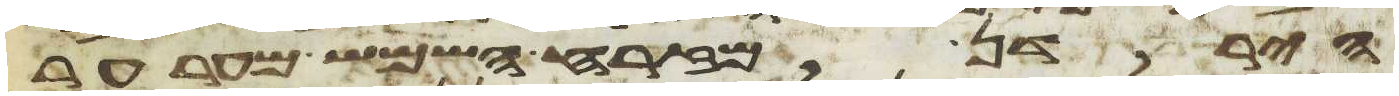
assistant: הירדן מזרח השמש מערער